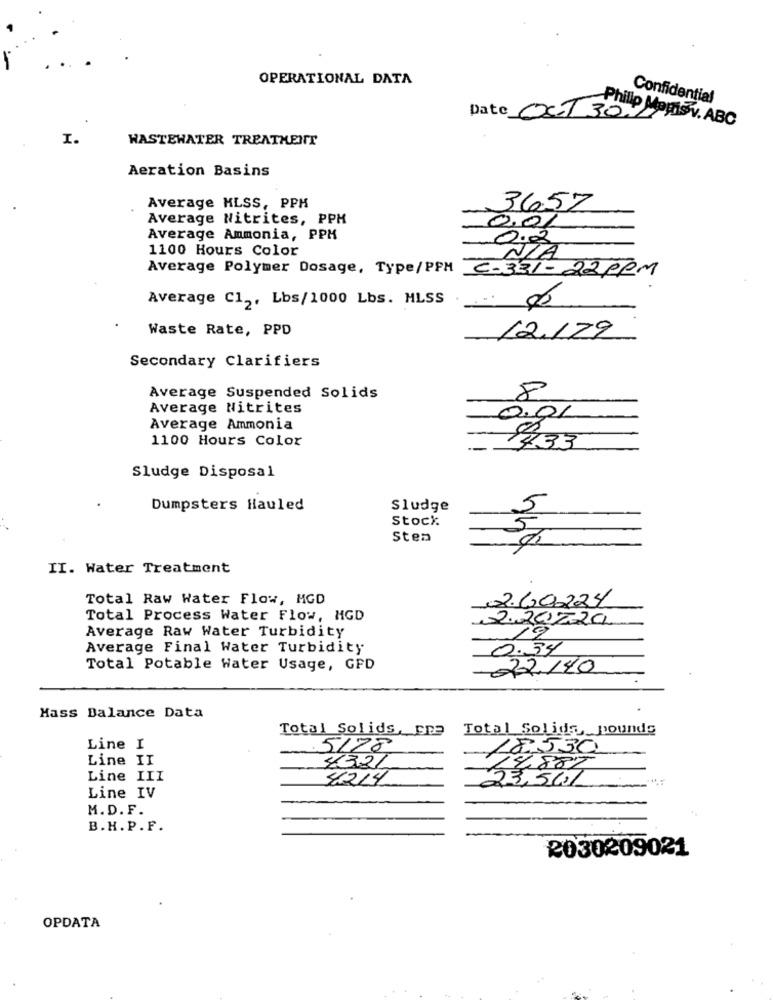
OPERATIONAL DATA
Confidential
Date OCT 302
Philip Mephis v. ABC
I.
WASTEWATER TREATMENT
Aeration Basins
Average HLSS, PPH
3657
Average Nitrites, PPH
0.01
Average Ammonia, PPK
1100 Hours Color
-
Average Polymer Dosage, Type/PPM
C-331- 22ppm
Average C12, Lbs/1000 Lbs. MLSS
Waste Rate, PPD
12.129
Secondary Clarifiers
Average Suspended Solids
8
Average Nitrites
0.01
Average Ammonia
1100 Hours Color
1933
Sludge Disposal
Dumpsters Hauled
Sludge
Stock
Stea
II. Water Treatment
Total Raw Water Flow, MGD
2.60224
Total Process Water Flow, MGD
2.202020
Average Raw Water Turbidity
Average Final Water Turbidity
.34
Total Potable Water Usage, GPD
-22140
Mass Balance Data
Total Solids, pre
Total Solida, pounds
Line I
.5178
Line II
8321
Line III
86214
23,50/
Line IV
M.D. F.
B.H.P.F.
2030209021
OPDATA